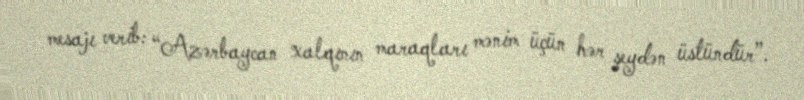
mesajı verib: “Azərbaycan xalqının maraqları mənim üçün hər şeydən üstündür”.